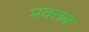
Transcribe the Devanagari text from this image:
मक्तब